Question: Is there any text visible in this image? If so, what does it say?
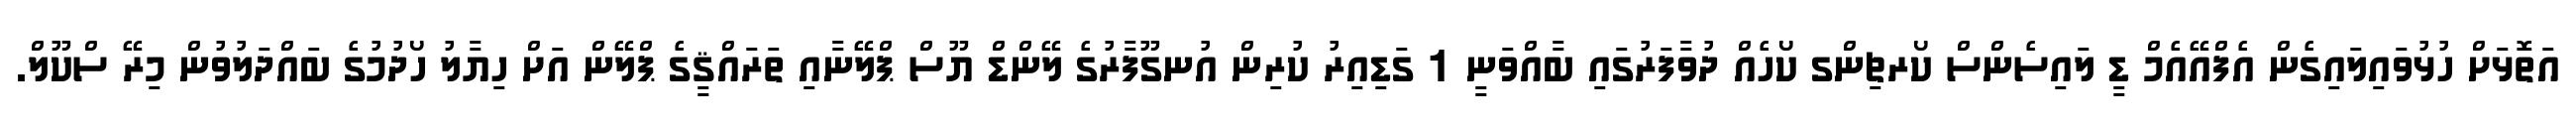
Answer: އަތޮޅަށް ހުޅުވައިލައިގެން އެފްއޭއެމް ޑީ ލައިސެންސް ކޯރޗިންގ ކޯހެއް ދުވާފަރުގައި ބާއްވަނީ 1 ގަޑިއިރު ކުރިން އުނގޫފާރުގެ ލޭންޑް ޔޫސް ޕްލޭނާއި ތަރައްޤީގެ ޕްލޭން އަށް ހިޔާލު ހޯދުމުގެ ބައްދަލުވުން މިރޭ ސްކޫލް.